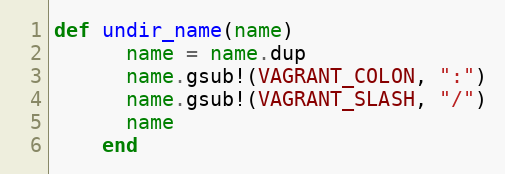
Language: Ruby
def undir_name(name)
      name = name.dup
      name.gsub!(VAGRANT_COLON, ":")
      name.gsub!(VAGRANT_SLASH, "/")
      name
    end